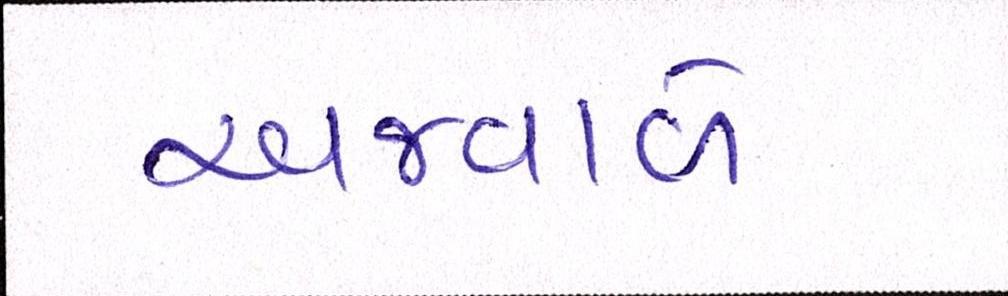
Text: અજવાળે